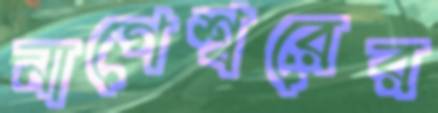
নাগেশ্বরের